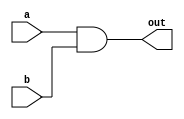
module and_gate (
	input a, b,		// Defining inputs A & B of AND Gate
	output out		// Defining output of AND Gate
);

assign out = a & b;	// Logic Implementation

endmodule